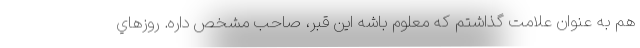
هم به عنوان علامت گذاشتم كه معلوم باشه اين قبر، صاحب مشخص داره. روزهاي